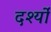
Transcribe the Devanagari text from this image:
दर्श्यों